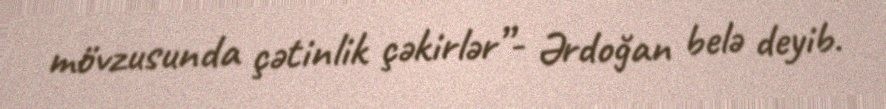
mövzusunda çətinlik çəkirlər”- Ərdoğan belə deyib.